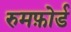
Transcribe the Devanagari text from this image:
रुमफ़ोर्ड